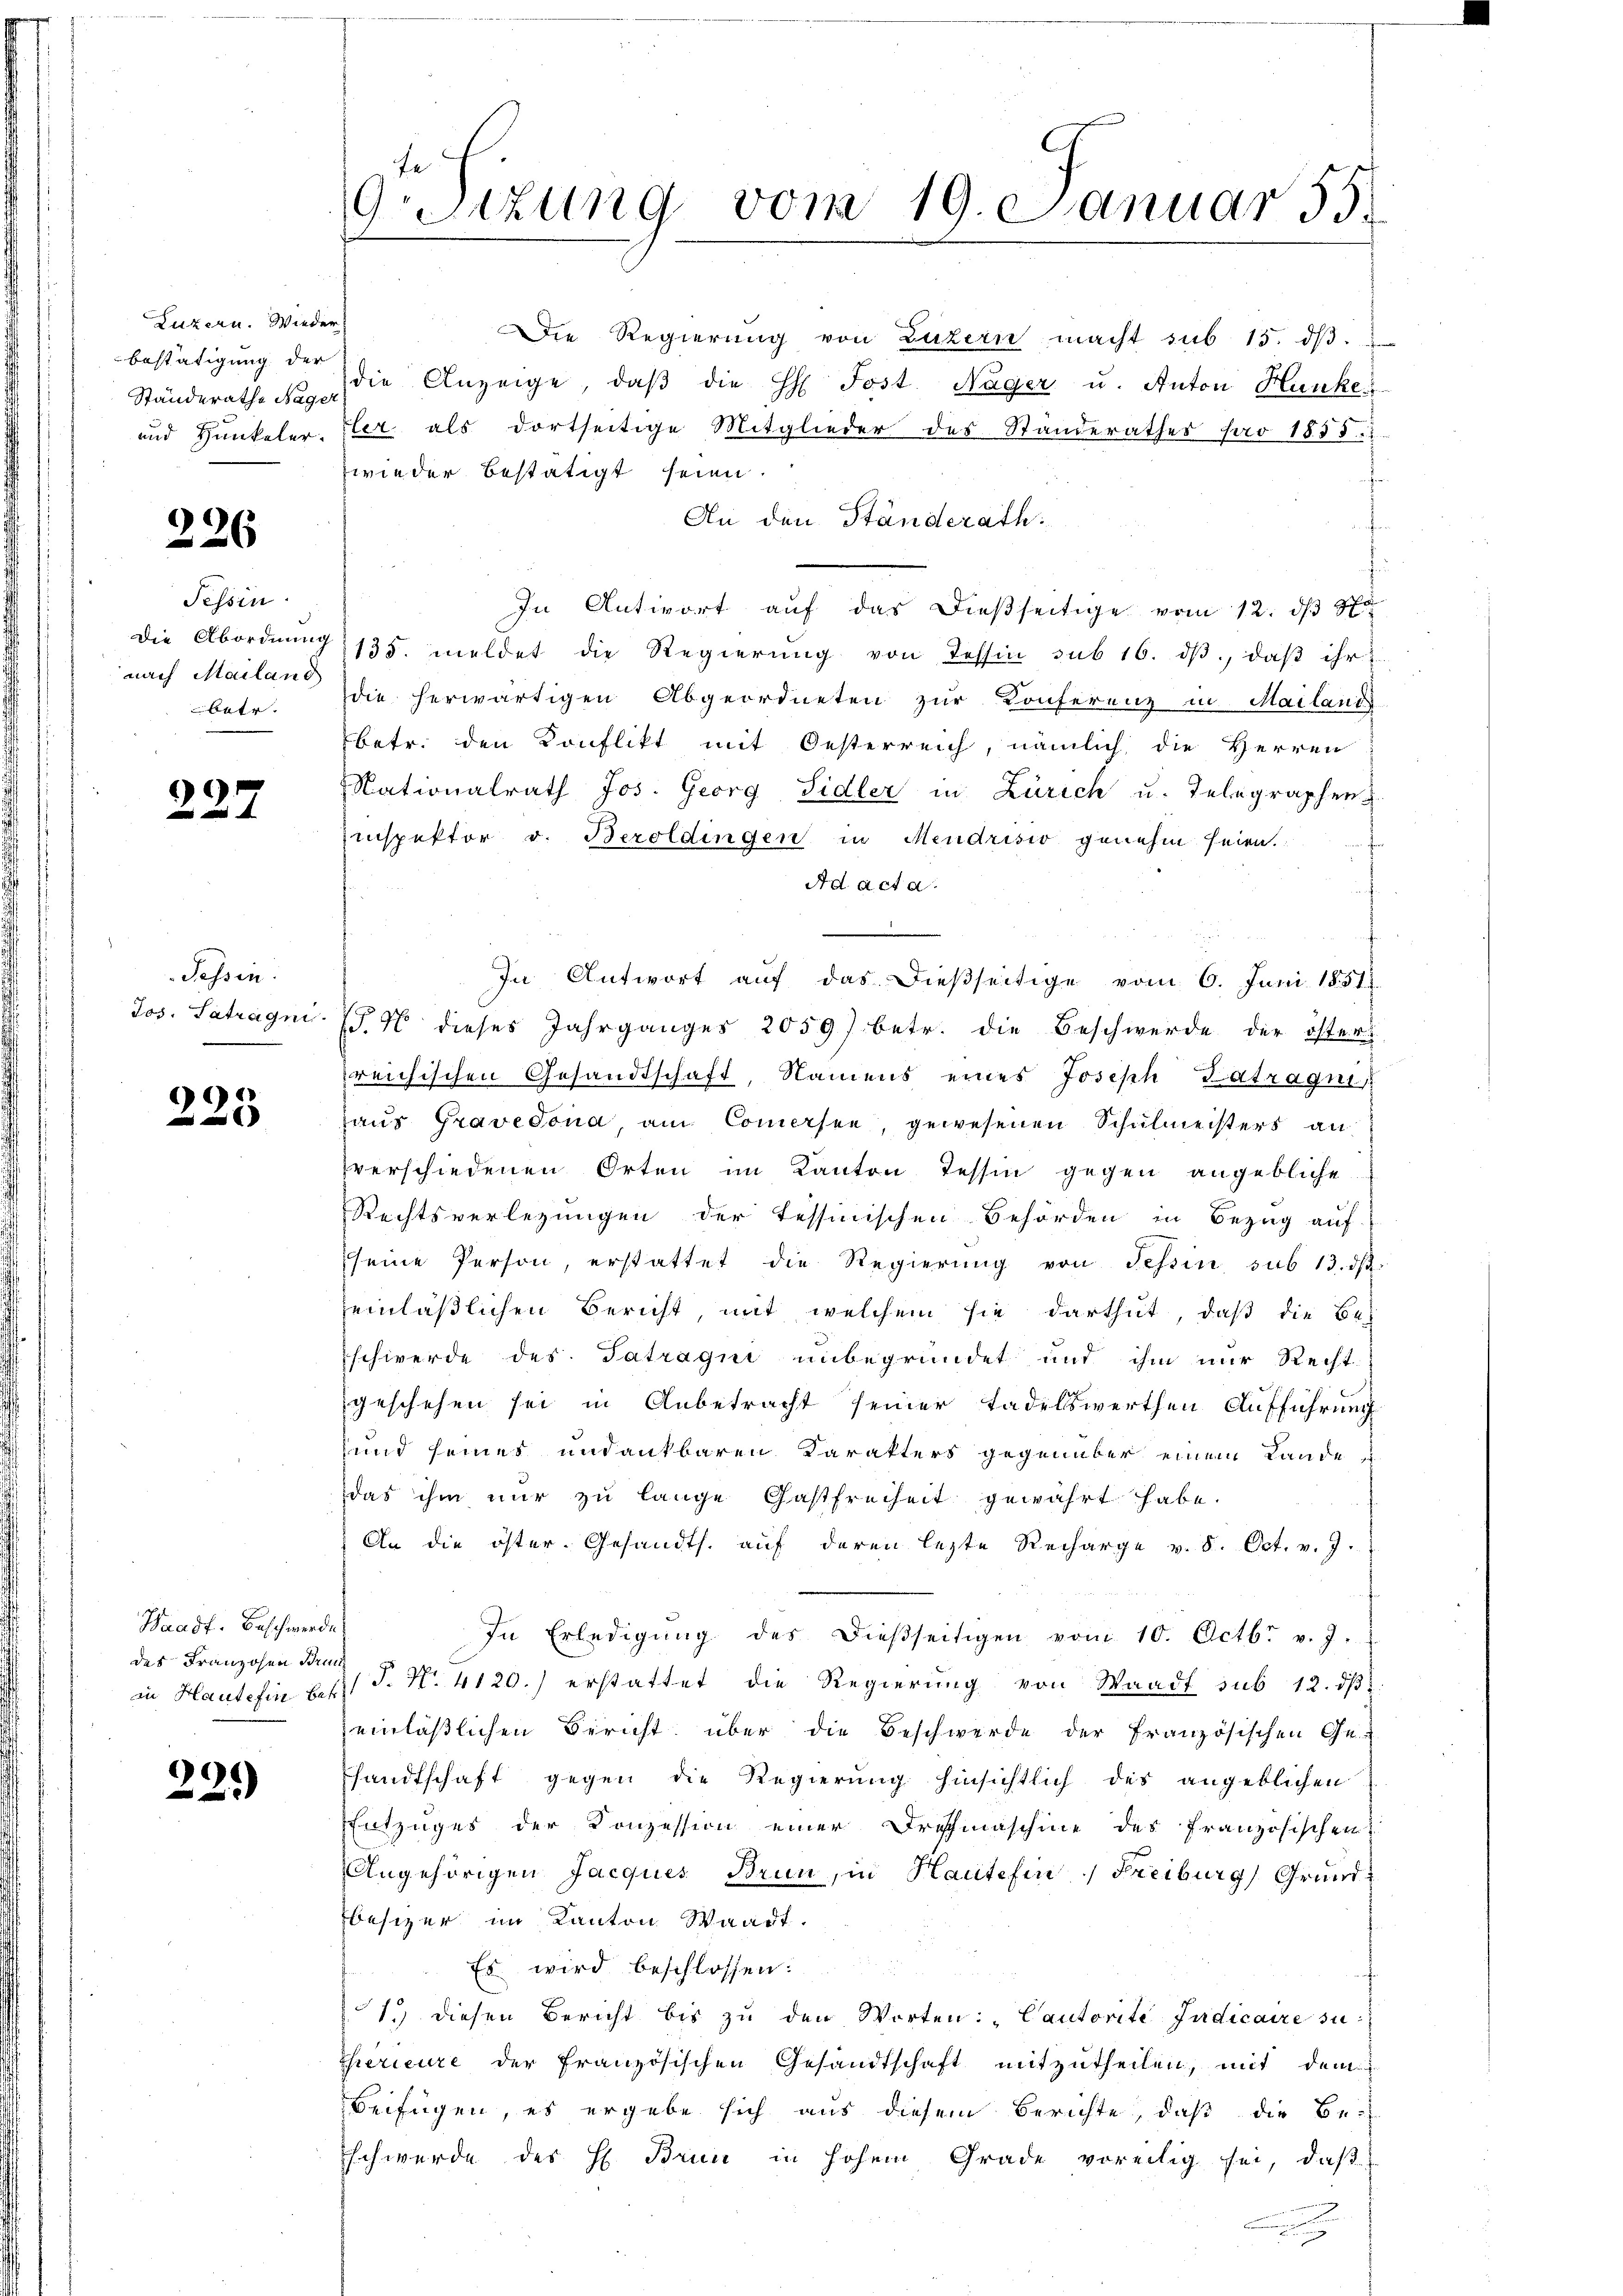
Luzern. Wieder
bestätigung der
Ständerathe Nager

226

Tessin.
nach Mailand
betr.

227

Tessin.

)
223

Haadf. Beschwerde
des Franzosen Brun

239)

.Sizung vom 19. Januar 55.

und Hunkeler, Eler als dortseitige Mitglieder des Standerathes pro 1855.
wieder bestätigt seien.
t
An den Ständerath:
In Antwort auf das dießseitige vom 12. ds
die Abordnŭng 135. meldet die Regierŭng von Tessin sub 16. dβ, daβ ihr
die herwärtigen Abgeordneten zur Konferenz in Mailands
betr. den Konflikt mit Oesterreich, nämlich die Herren
Nationalrath Jos. Georg Sidler in Zürich u. Telegraphen-
Einspektor v. Beroldingen in Mendrisio genehm seien.
Ad acta.
e
In Antwort auf das dießseitige vom 6. Juni 1851
Jos. Satragni (S. 46 dieses Jahrganges 2059) betr. die Beschwerde der öster
reichischen Gesandtschaft, Namens eines Joseph Latragni
haus Gravedona am Comersee, gewesenen Schulmeisters an
verschiedenen Orten im Kanton Tessin gegen angebliche
Rechtsverlegungen der Tessinischen Behörden in Bezug auf
seine Person, erstattet die Regierŭng von Tessin sub 13. dβ.
heinläßlichen Bericht, mit welchem sie darthut, daß die Be-
schwerde des Tatragne unbegründet und ihm nur Recht
geschehen sei in Anbetracht seiner tadelswerthen Aufführung
und seines undankbaren Karakters gegenüber einem Lande
das ihm nur zu lange Gastfreiheit gewährt habe.
An die öster-Gesandts. auf deren lezte Recharge v. 8. Oct. v. J.
In Erledigŭng des dießseitigen vom 10. Octb. v. J.
in Haute fin des J. N. 4120.) erstattet die Regierung von Waadt sub 12. dβ
einläßlichen Bericht über die Beschwerde der Französischen Ge-
sandtschaft gegen die Regierung hinsichtlich des angeblichen
Entzuges der Konzession einer Drechmaschine des französischen
Angehörigen Jacques Brun, in Hauteten Freiburg, Grundbesizer im Kanton Waadt.
Es wird beschlossen:
1.) diesen Bericht bis zŭ den Worten: "Cautorite Indicaire su
therieure der französischen Gesandtschaft mitzutheilen, mit dem
Beifügen, es ergebe sich aus diesem Berichte, daß die Be-
Esch werde des H. Brun in hohem Grade voreilig sei, daß
u

Die Regierung von Luzern macht sub 15. ds.
die Anzeige, daβ die H. Jost. Nager u. Anton Hunke